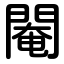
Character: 閹